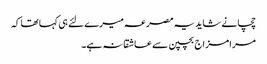
چچا نے شاید یہ مصرعہ میرے لئے ہی کہا تھا کہ
مرا مزاج بچپن سے عاشقانہ ہے۔